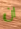
ان